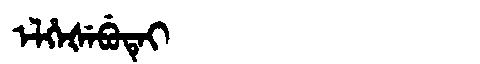
Manchu: ᡝᠯᡥᡝᡧᡝᠪᡠᡨᡝᡳ
Romanization: ELHEŠEBUTEI